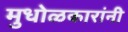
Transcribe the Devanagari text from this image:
मुधोळकारांनी